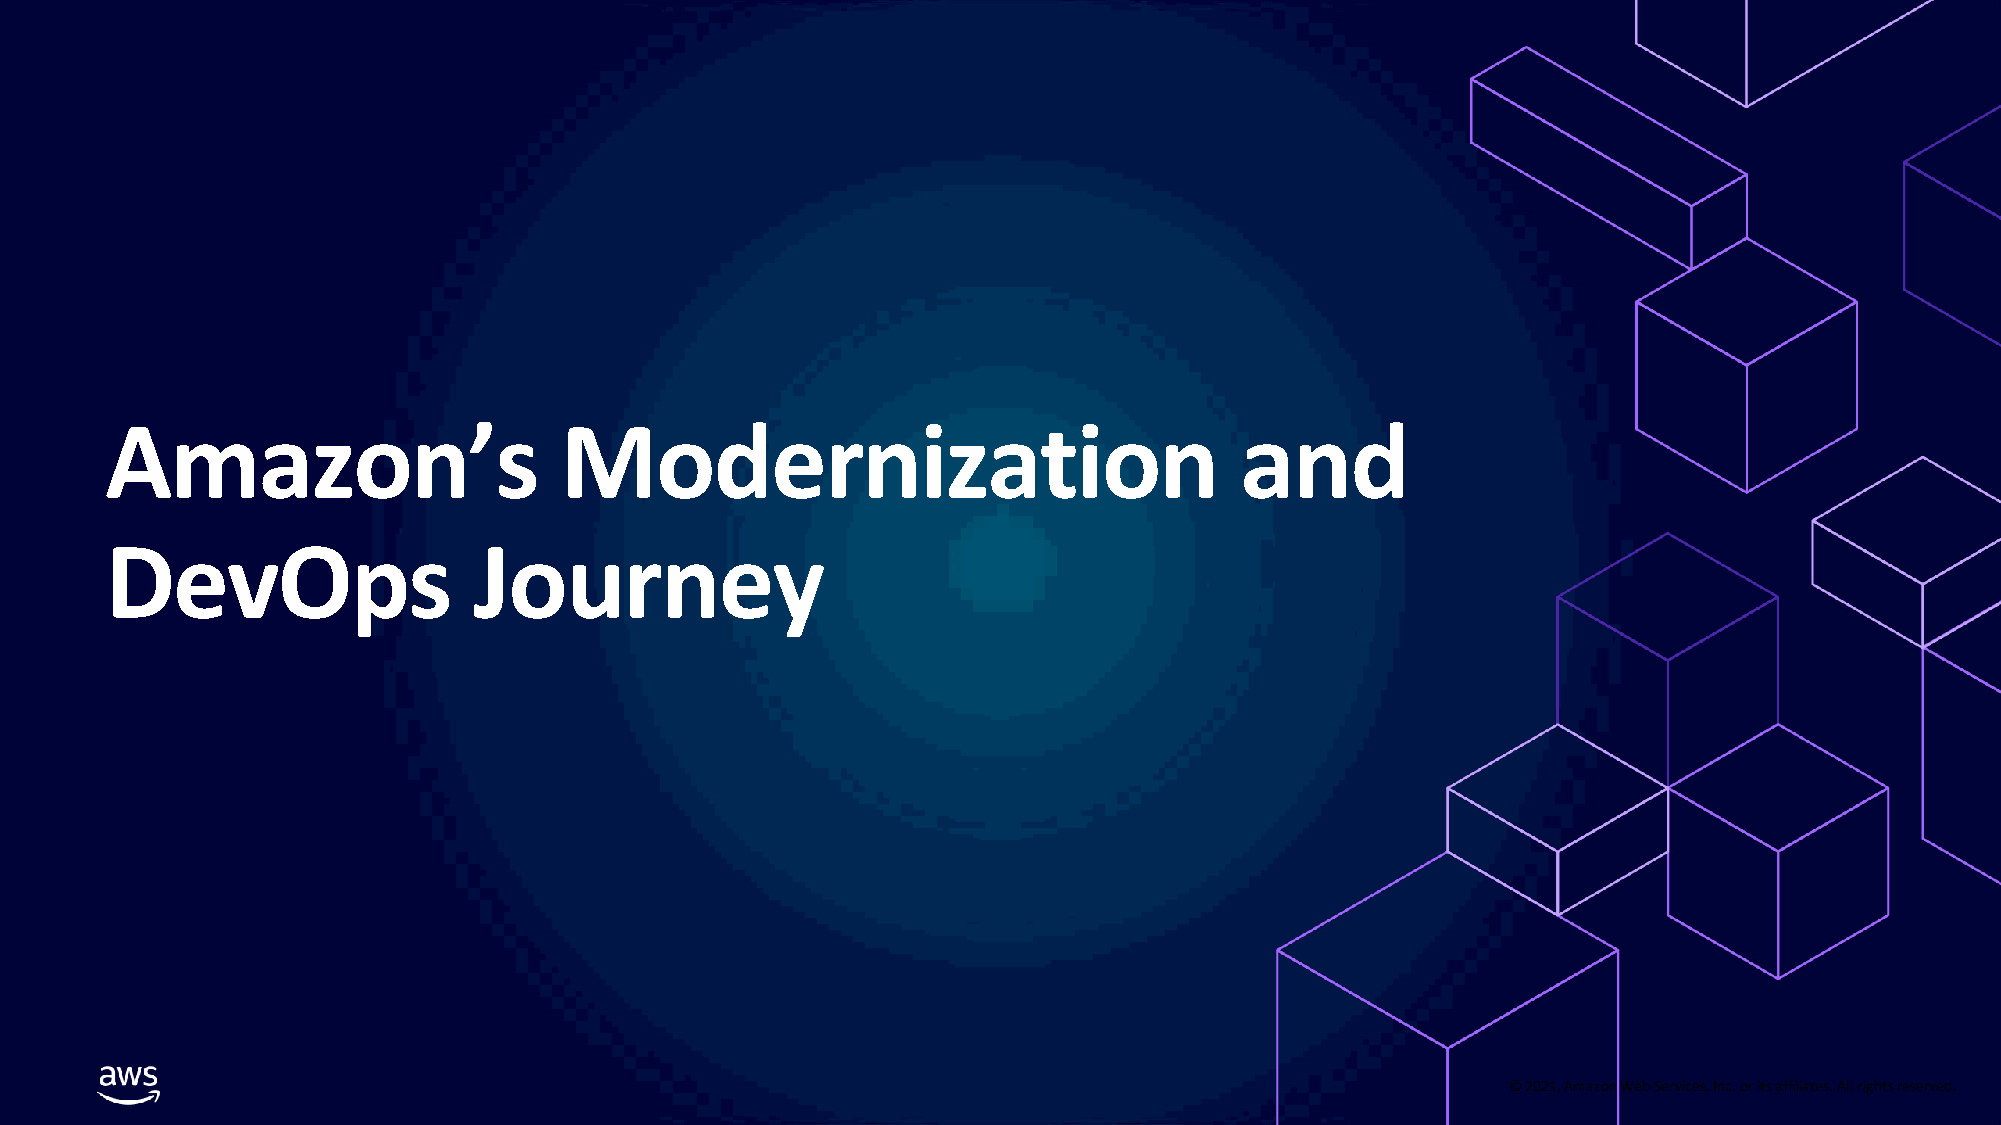
Amazon’s                      Modernization                                and
 DevOps                  Journey
 © 2021, Amazon Web Services, Inc. or its affiliates. All rights reserved.